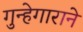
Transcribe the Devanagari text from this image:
गुन्हेगाराने